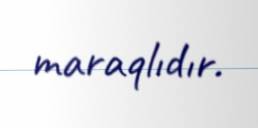
maraqlıdır.